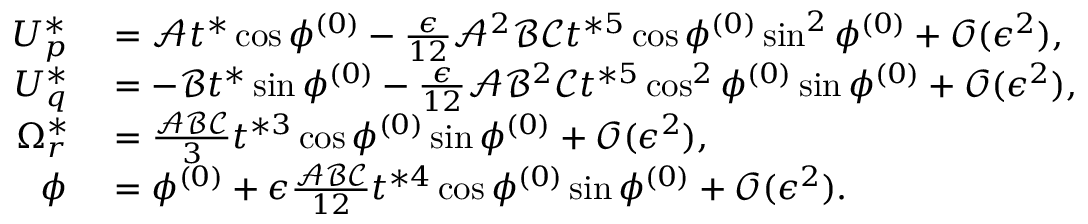
\begin{array} { r l } { U _ { p } ^ { * } } & { { } = \mathcal { A } t ^ { * } \cos \phi ^ { ( 0 ) } - \frac { \epsilon } { 1 2 } \mathcal { A } ^ { 2 } \mathcal { B } \mathcal { C } t ^ { * 5 } \cos \phi ^ { ( 0 ) } \sin ^ { 2 } \phi ^ { ( 0 ) } + \mathcal { O } ( \epsilon ^ { 2 } ) , } \\ { U _ { q } ^ { * } } & { { } = - \mathcal { B } t ^ { * } \sin \phi ^ { ( 0 ) } - \frac { \epsilon } { 1 2 } \mathcal { A } \mathcal { B } ^ { 2 } \mathcal { C } t ^ { * 5 } \cos ^ { 2 } \phi ^ { ( 0 ) } \sin \phi ^ { ( 0 ) } + \mathcal { O } ( \epsilon ^ { 2 } ) , } \\ { \Omega _ { r } ^ { * } } & { { } = \frac { \mathcal { A } \mathcal { B } \mathcal { C } } { 3 } t ^ { * 3 } \cos \phi ^ { ( 0 ) } \sin \phi ^ { ( 0 ) } + \mathcal { O } ( \epsilon ^ { 2 } ) , } \\ { \phi ^ { } } & { { } = \phi ^ { ( 0 ) } + \epsilon \frac { \mathcal { A } \mathcal { B } \mathcal { C } } { 1 2 } t ^ { * 4 } \cos \phi ^ { ( 0 ) } \sin \phi ^ { ( 0 ) } + \mathcal { O } ( \epsilon ^ { 2 } ) . } \end{array}